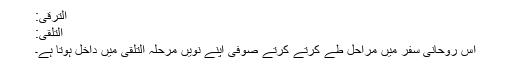
اَلتَّرَقِّی:
اَلتَّلَقِّی:
اس روحانی سفر میں مراحل طے کرتے کرتے صوفی اپنے نویں مرحلہ اَلتَّلَقِّی میں داخل ہوتا ہے۔